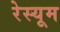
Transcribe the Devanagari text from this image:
रेस्यूम